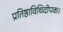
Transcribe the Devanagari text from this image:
प्रतिष्ठाविधिदीपक।